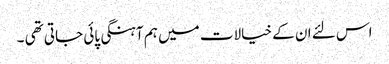
اس لئے ان کے خیالات میں ہم آہنگی پائی جاتی تھی ۔